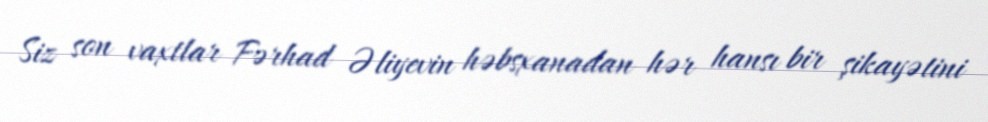
Siz son vaxtlar Fərhad Əliyevin həbsxanadan hər hansı bir şikayətini